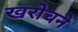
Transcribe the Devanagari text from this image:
खरोचने